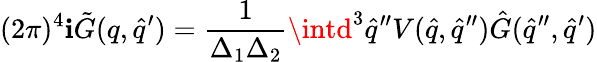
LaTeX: (2\pi)^{4}\mathbf{i}{\tilde{{G}}}(q,{\hat{{q}}}^{\prime})=\frac{{1}}{{\Delta_{1}\Delta_{2}}}\intd^{3}{\hat{{q}}}^{\prime\prime}V({\hat{{q}}},{\hat{{q}}}^{\prime\prime}){\hat{{G}}}({\hat{{q}}}^{\prime\prime},{\hat{{q}}}^{\prime})